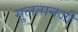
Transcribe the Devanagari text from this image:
सु्लतानजी